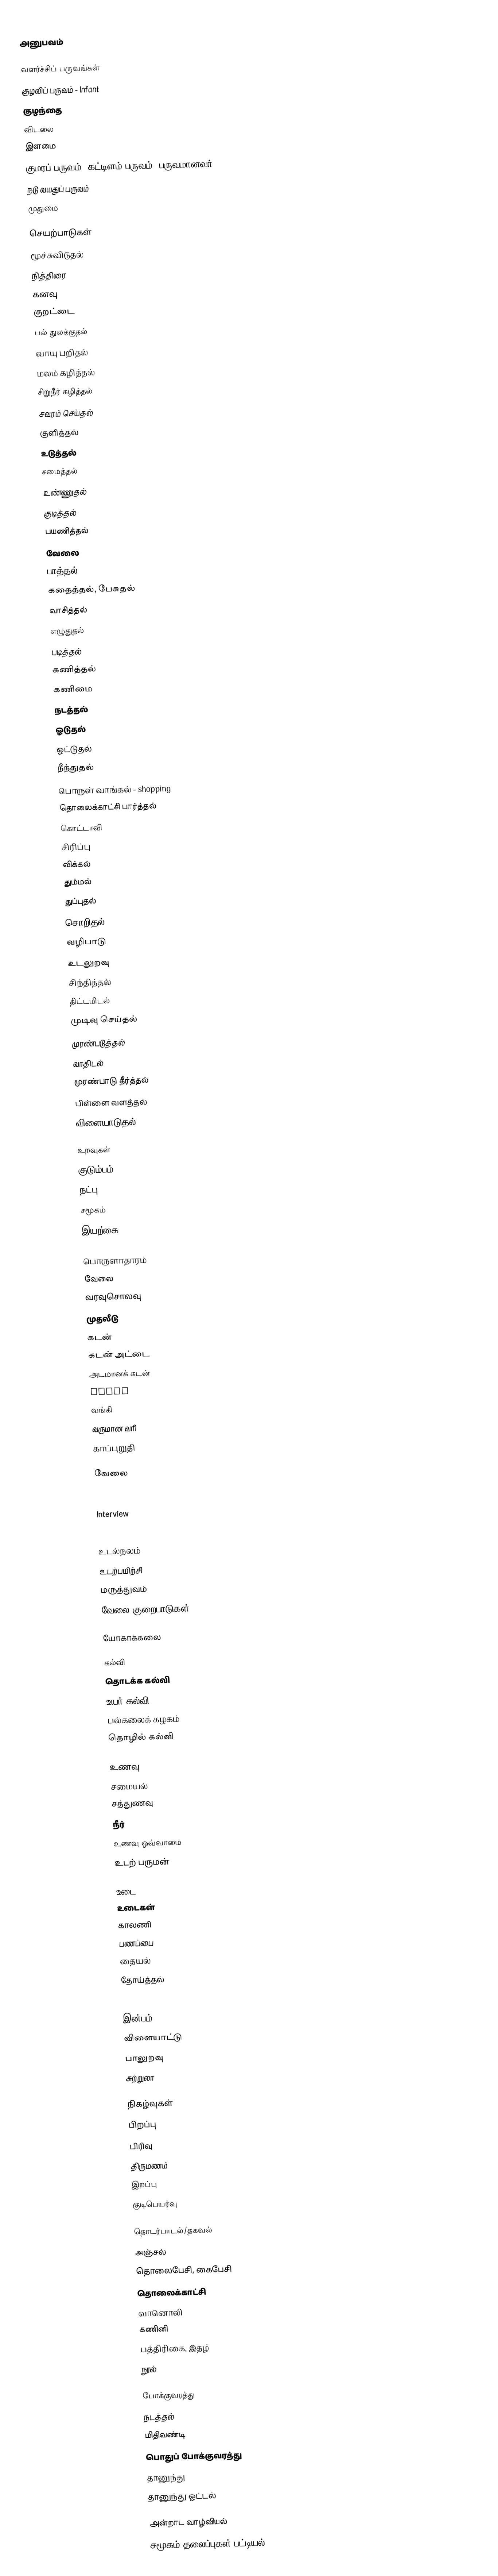
அனுபவம்

வளர்ச்சிப் பருவங்கள்
 குழவிப் பருவம் - Infant
 குழந்தை
 விடலை
 இளமை
 குமரப் பருவம், கட்டிளம் பருவம், பருவமானவர்
 நடு வயதுப் பருவம்
 முதுமை

செயற்பாடுகள்
 மூச்சுவிடுதல்
 நித்திரை
 கனவு
 குறட்டை
 பல் துலக்குதல்
 வாயு பறிதல்
 மலம் கழித்தல்
 சிறுநீர் கழித்தல்
 சவரம் செய்தல்
 குளித்தல்
 உடுத்தல்
 சமைத்தல்
 உண்ணுதல்
 குடித்தல்
 பயணித்தல்
 வேலை
 பாத்தல்
 கதைத்தல், பேசுதல்
 வாசித்தல்
 எழுதுதல்
 படித்தல்
 கணித்தல்
 கணிமை
 நடத்தல்
 ஓடுதல்
 ஓட்டுதல்
 நீந்துதல்
 பொருள் வாங்கல் - shopping
 தொலைக்காட்சி பார்த்தல்
 கொட்டாவி
 சிரிப்பு
 விக்கல்
 தும்மல்
 துப்புதல்
 சொறிதல்
 வழிபாடு
 உடலுறவு
 சிந்தித்தல்
 திட்டமிடல்
 முடிவு செய்தல்
 முரண்படுத்தல்
 வாதிடல்
 முரண்பாடு தீர்த்தல்
 பிள்ளை வளத்தல்
 விளையாடுதல்

உறவுகள்
 குடும்பம்
 நட்பு
 சமூகம்
 இயற்கை

பொருளாதாரம்
 வேலை
 வரவுசொலவு
 முதலீடு
 கடன்
 கடன் அட்டை
 அடமானக் கடன்
 bills
 வங்கி
 வருமான வரி
 காப்புறுதி

வேலை
 Resume
 Cover Letter
 Interview
 Jop Application

உடல்நலம்
 உடற்பயிற்சி
 மருத்துவம்
 வேலை குறைபாடுகள்

 யோகாக்கலை

கல்வி
 தொடக்க கல்வி
 உயர் கல்வி
 பல்கலைக் கழகம்
 தொழில் கல்வி

உணவு
 சமையல்
 சத்துணவு
 நீர்
 உணவு ஒவ்வாமை
 உடற் பருமன்

உடை
 உடைகள்
 காலணி
 பணப்பை
 தையல்
 தோய்த்தல்
 closet

இன்பம்
 விளையாட்டு
 பாலுறவு
 சுற்றுலா

நிகழ்வுகள்
 பிறப்பு
 பிரிவு
 திருமணம்
 இறப்பு
 குடிபெயர்வு

தொடர்பாடல்/தகவல்
 அஞ்சல்
 தொலைபேசி, கைபேசி
 தொலைக்காட்சி
 வானொலி
 கணினி
 பத்திரிகை, இதழ்
 நூல்

போக்குவரத்து
 நடத்தல்
 மிதிவண்டி
 பொதுப் போக்குவரத்து
 தானுந்து
 தானுந்து ஓட்டல்

அன்றாட வாழ்வியல்
சமூகம் தலைப்புகள் பட்டியல்